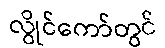
လွိုင်ကော်တွင်